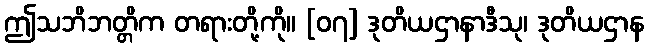
ဤသဘိဘတ္တိက တရားတို့ကို။ [၀၇] ဒုတိယဌာနာဒီသု၊ ဒုတိယဌာန